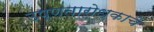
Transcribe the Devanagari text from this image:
उष्णतारोधकाचे